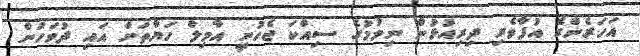
އަހަރެންގެ އުފާވެރި ދިރިއުޅުން ނިމުމުގެ ސިއްކަ ޖެހުނީ އާމިލް ހަޔާތަށް އަައި ދުވަހުން